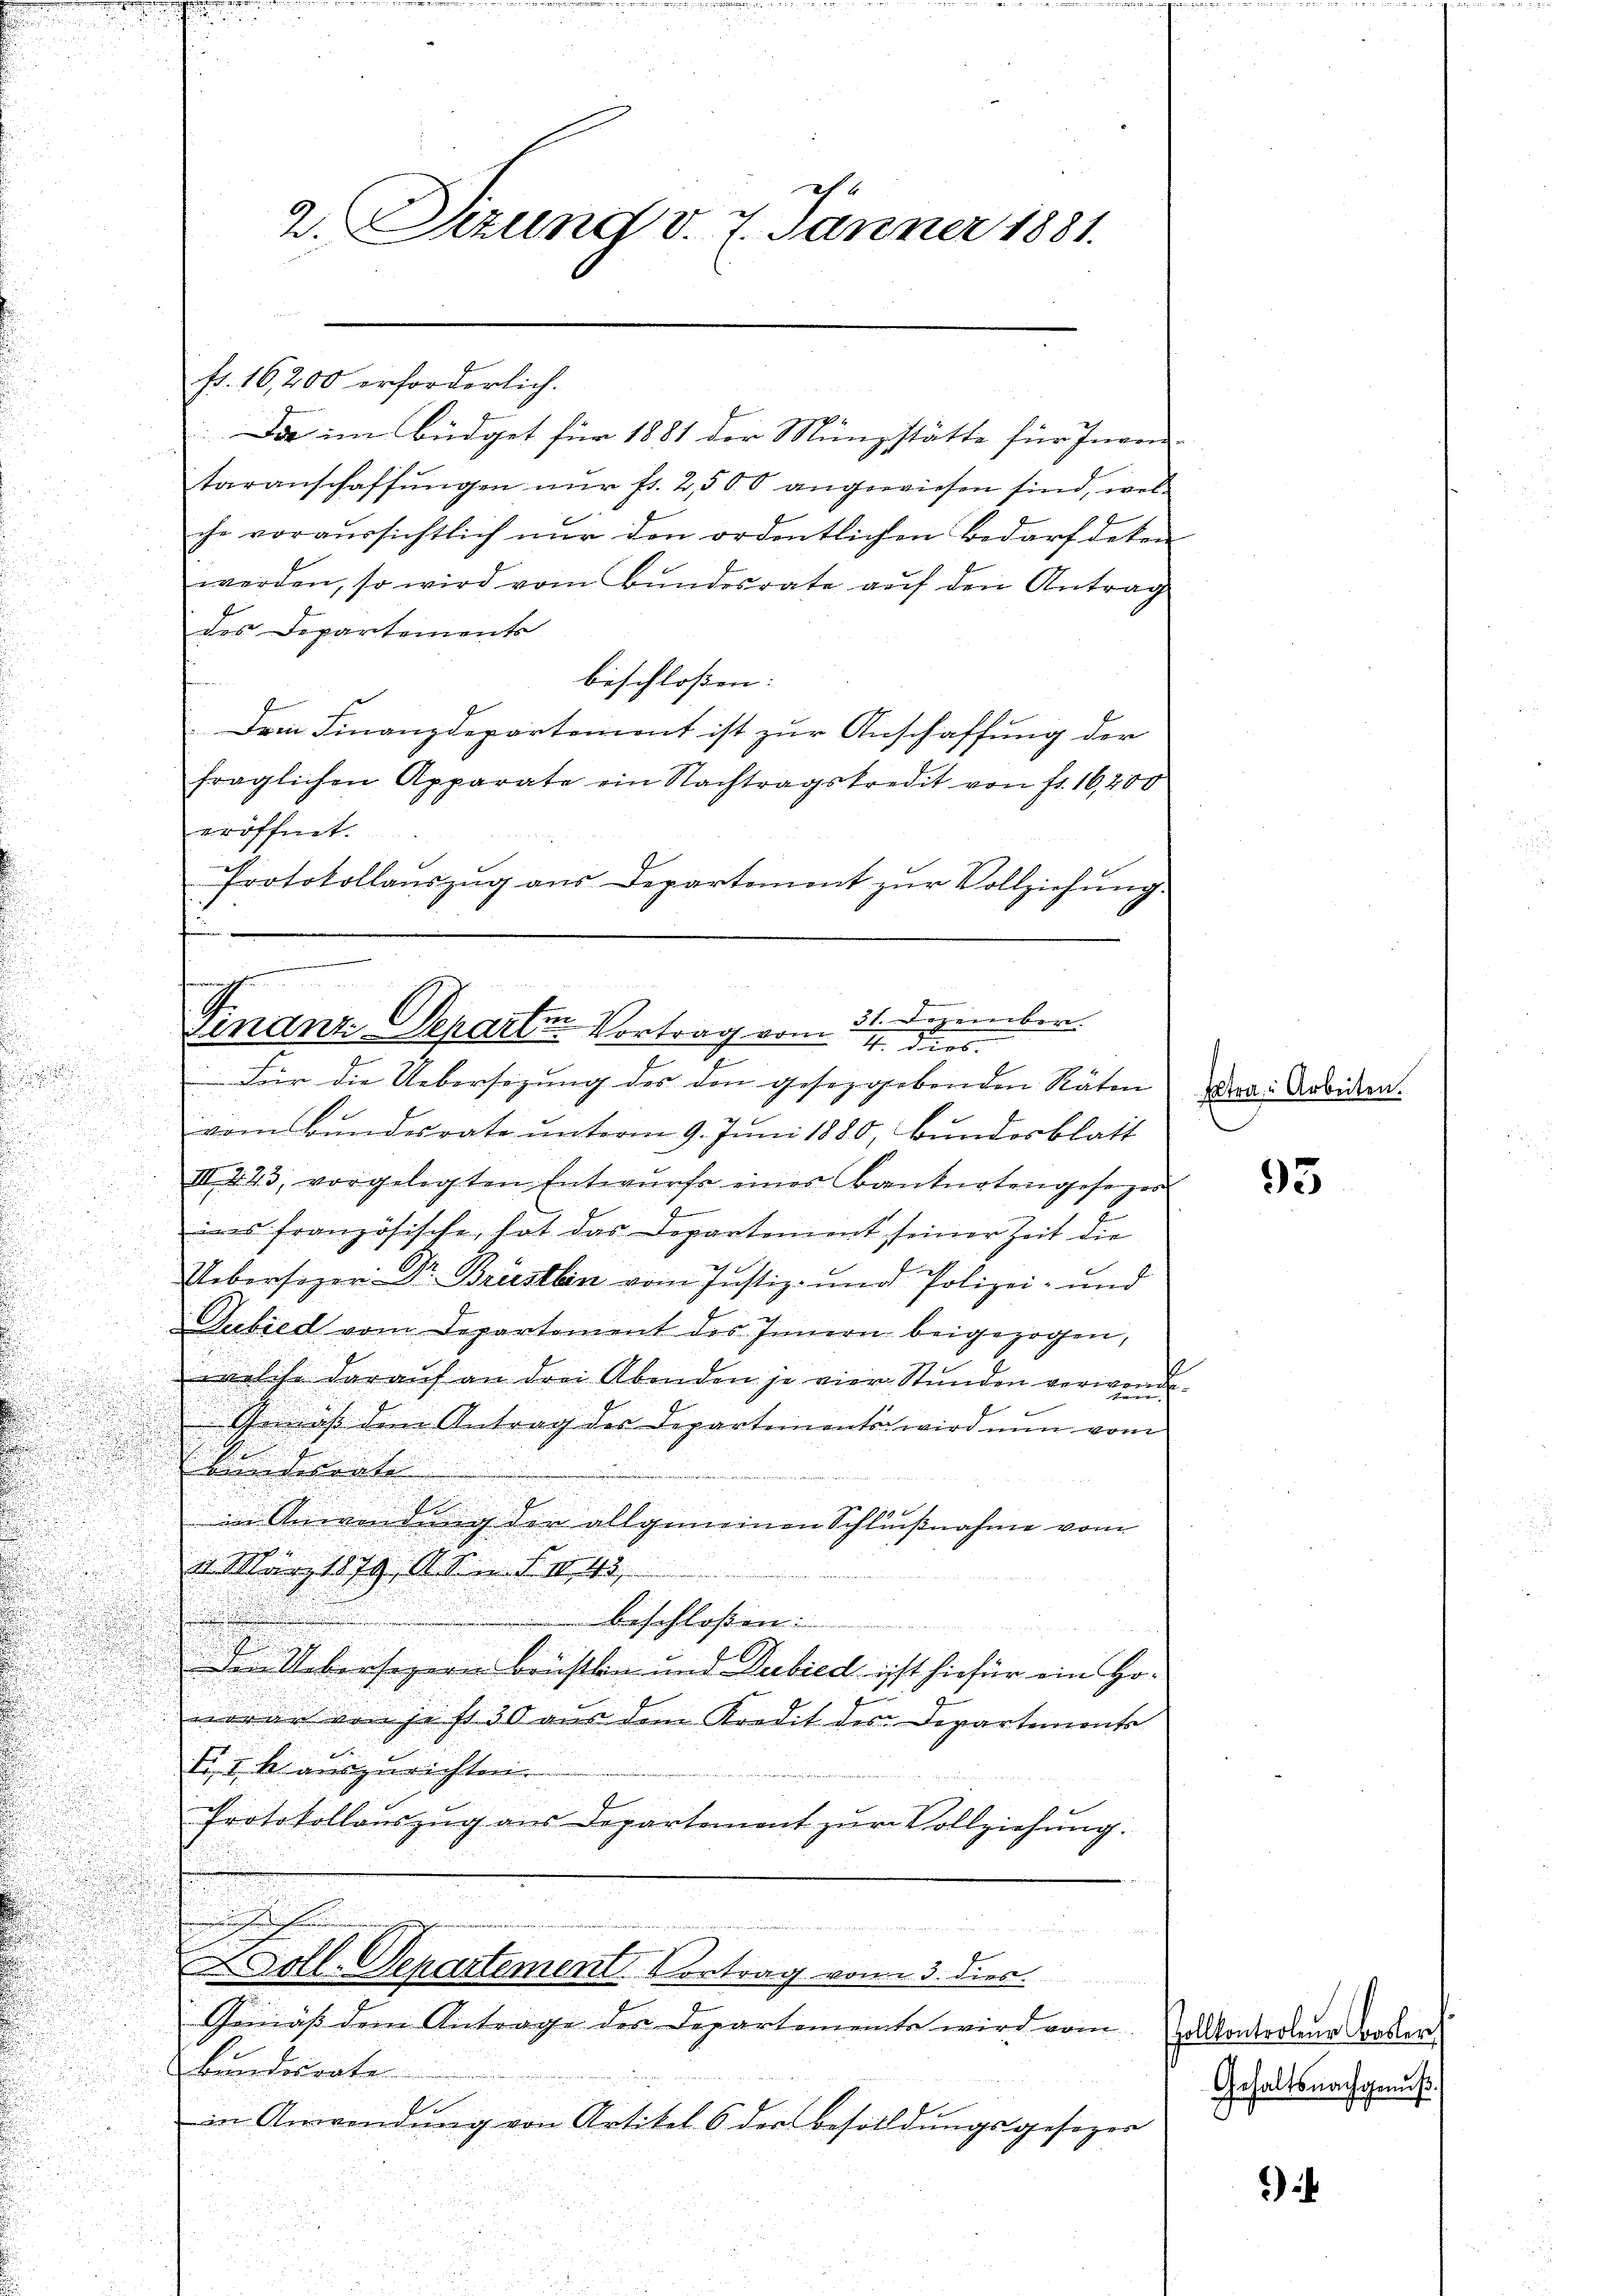
24
2. Sizung d. 7. Jänner 1881.

fr. 16,200 erforderlich.

Da im Büdget für 1881 der Münzstätte für Inven
taranschaffungen nur fr. 2,500 angewiesen sind, welche voraussichtlich nur den ordentlichen Bedarf deten
werden, so wird vom Bŭndesrate aŭf den Antrag
des Departements
beschloßen:
Dein Finanzdepartement ist zur Anschaffung der
fraglichen Apparate ein Nachtragskredit von fr. 16,400
eröffnet.
Protokollaŭszŭg ans Departement zŭr Vollziehŭng.

s
ch.
.
Finanz-Depari-Vortrag vom 21. Dezember.
14. Dars
Für die Uebersetzung des den gesetzgebenden Räten an Arbiden.

u
2
vom Bŭndesrate ŭnterm 9. Juni 1880, Bŭndesblatt
III. 223, vorgelegten Entwŭrfe eines Banknotengesezer
E
ins französische, hat das Departement seiner Zeit die
Uebersizer Dr. Briestlin vom Justiz- und Polizei- und
Tubied vom Departement des Innern beigezogen,
welche darauf an drei Abenden je vier Stunden verwende¬
. ist dem Antrag der Departements wird nun vom
.
Ebemandesrate
in Anwendung der allgemeinen Schlußnahme vom
2. März 1879, 1 S. 143
.
beschloßen:

den Uebersagern bristlin und Decbied ist hiefür ein Howoran von je fl. 30 aus dem Kredit des Departements
Esk auszurichten.
Protokollauszug aus Departement zur Vollziehung.
.
de
Loll-Departement. Vortrag vom 3. dies
Gemäβ dem Anträge des Departemente wird vom Zalkontorteŭr Basler
Bundesrate
in Anwendŭng von Artikel 6 der Besölldŭngsgesezer
u
u

95

Gehaltsnachgenuß.

.